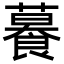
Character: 𦿉